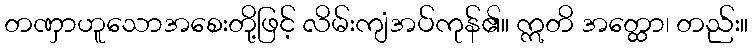
တဏှာဟူသောအစေးတို့ဖြင့် လိမ်းကျံအပ်ကုန်၏။ ဣတိ အတ္ထော၊ တည်း။